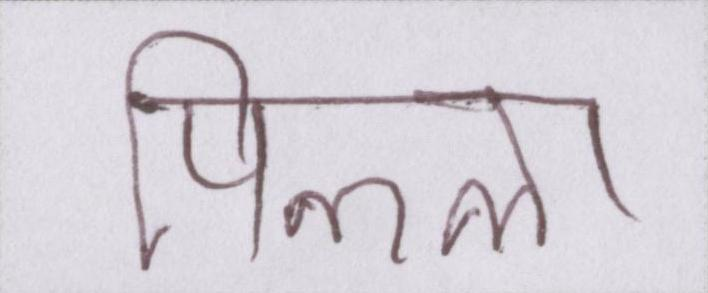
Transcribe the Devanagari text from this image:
पिल्ला